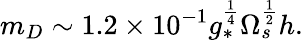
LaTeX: m_{D}\sim 1.2\times 10^{-1}g_{*}^{\frac{1}{4}}\Omega_{s}^{\frac{1}{2}}h.